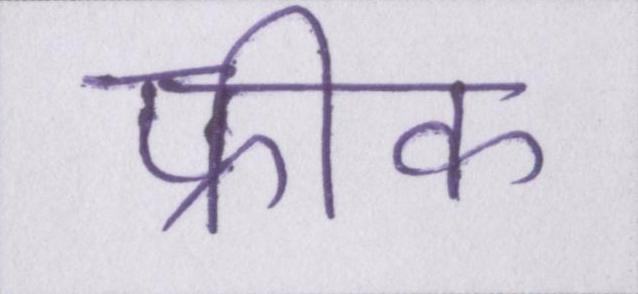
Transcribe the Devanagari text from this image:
फ्रीक